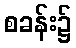
စခန်း၌